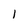
Character: I